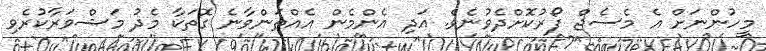
މީހުންނަށް އެ މެސެޖް ފޯރުކޮށްދެވުނެވެ. އަދި އެންމެން އެއްތަންވާނެ ގޮތަކާ މެދު މަޝްވަރާކުރެވި